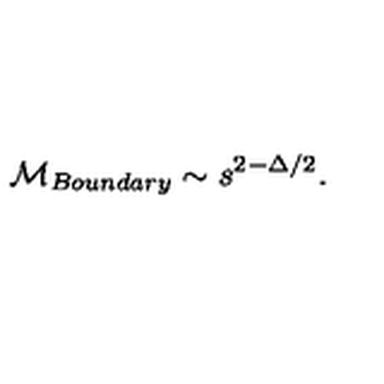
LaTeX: { \cal M } _ { B o u n d a r y } \sim s ^ { 2 - \Delta / 2 } .